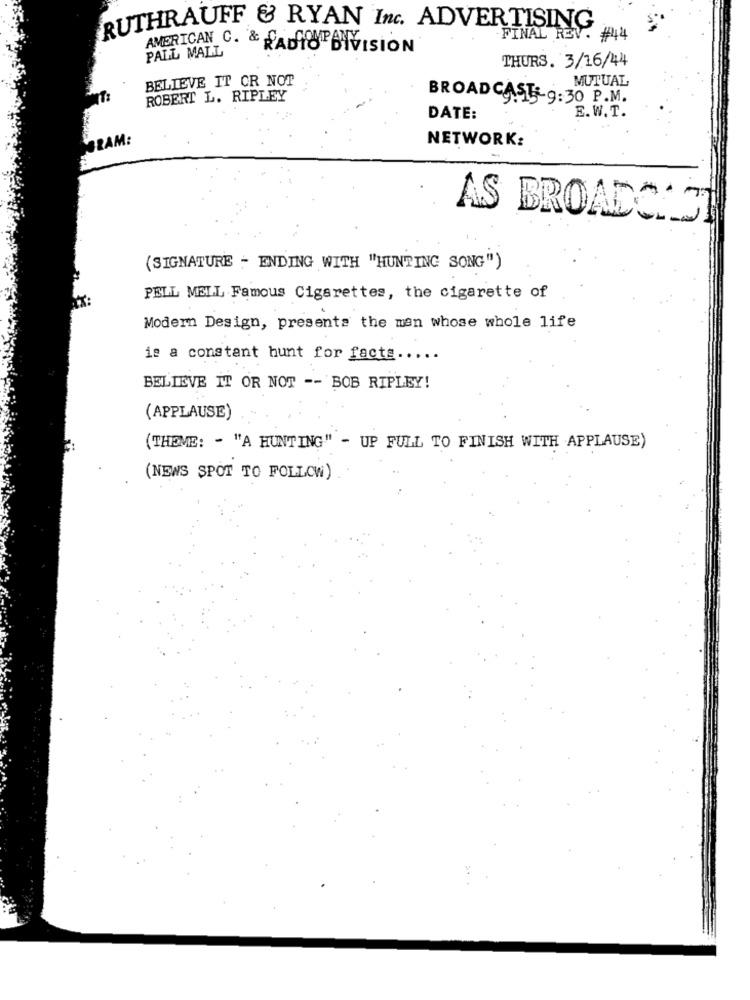
RUTHRAUFF & RYAN Inc. ADVERTISING
FINAL REV. #44
AMERICAN C. & RADIOP DIVISION
PALL MALL
THURS. 3/16/44
BELIEVE IT OR NOT
MUTUAL
NT:
ROBERT L. RIPLEY
BROADCAST-9:30 P.M.
DATE:
E.W. T.
GRAM:
NETWORK:
AS BROADCAST
(SIGNATURE - ENDING WITH "HUNTING SONG")
PELL MELL Famous Cigarettes, the cigarette of
Modern Design, presents the man whose whole life
is a constant hunt for facts .....
BELIEVE IT OR NOT -- BOB RIPLEY!
(APPLAUSE)
(THEME: - "A HUNTING" - UP FULL TO FINISH WITH APPLAUSE)
(NEWS SPOT TO FOLLOW)